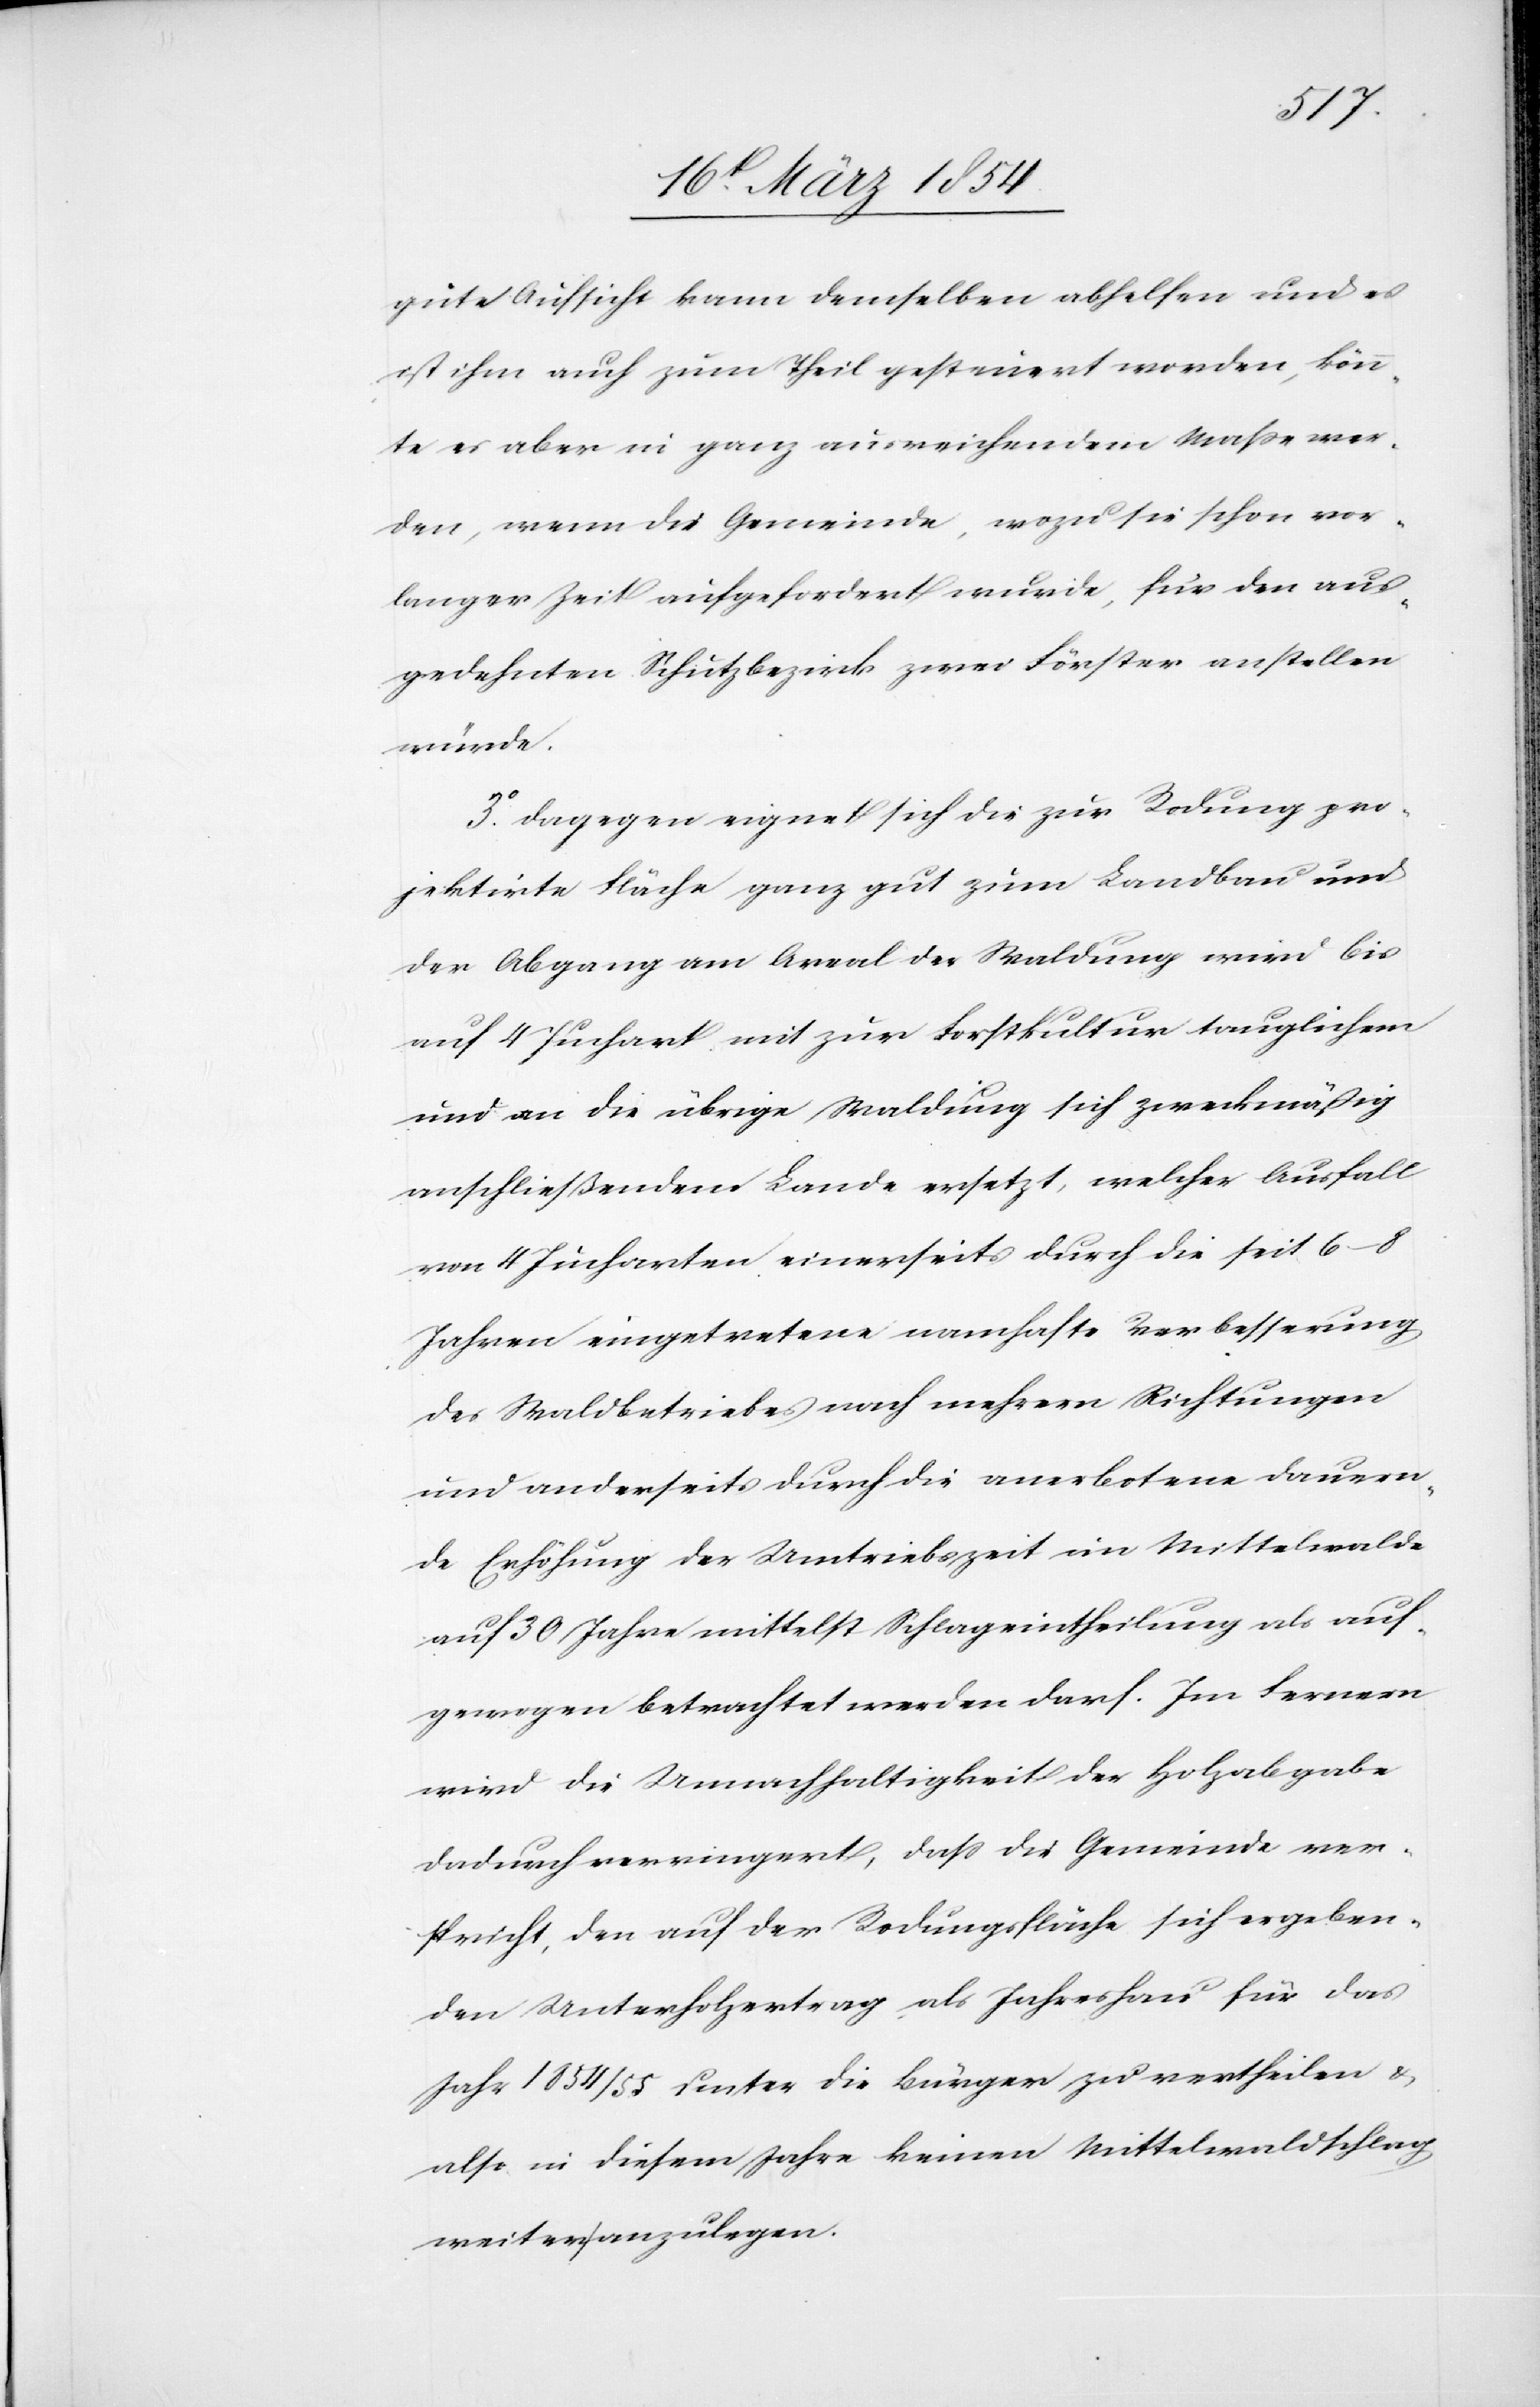
gute Aussicht kann demselben abhelfen und es
ist ihm auch zum Theil gesteuert worden, könn¬
te es aber in ganz ausreichendem Maße wer¬
den, wenn die Gemeinde, wozu sie schon vor
langer Zeit aufgefordert wurde, für den aus¬
gedehnten Schutzbezirk zwei Förster anstellen
würde.
3o Dagegen eignet sich die zur Rodung pro¬
jektirte Fläche ganz gut zum Landbau und
der Abgang am Areal der Waldung wird bis
auf 4 Juchart mit zur Forstkultur tauglichem
und an die übrige Waldung sich zweckmäßig
anschließendem Lande ersetzt, welcher Ausfall
von 4 Jucharten einerseits durch die seit 6–8
Jahren eingetretene namhafte Verbesserung
des Waldbetriebes nach mehrern Richtungen
und anderseits durch die anerbotene dauern¬
de Erhöhung der Umtriebszeit im Mittelwalde
auf 30 Jahre mittelst Schlageintheilung als auf¬
gewogen betrachtet werden darf. Im Fernern
wird die Unnachhaltigkeit der Holzabgabe
dadurch verringert, daß die Gemeinde ver¬
spricht, den auf der Rodungsfläche sich ergeben¬
den Unterholzertrag als Jahreshau für das
Jahr 1854/55 unter die Bürger zu vertheilen &
also in diesem Jahre keinen Mittelwaldschlag
weiter anzulegen.